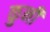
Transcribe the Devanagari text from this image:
कुनी